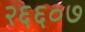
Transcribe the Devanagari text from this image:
२६६०७